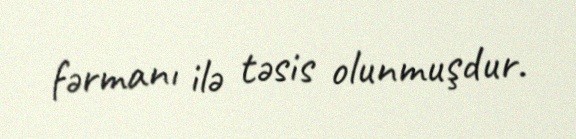
fərmanı ilə təsis olunmuşdur.